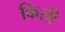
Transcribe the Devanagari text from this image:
किसी